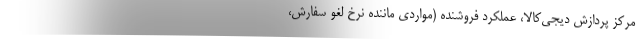
مرکز پردازش دیجی‌کالا، عملکرد فروشنده (مواردی ماننده نرخ لغو سفارش،